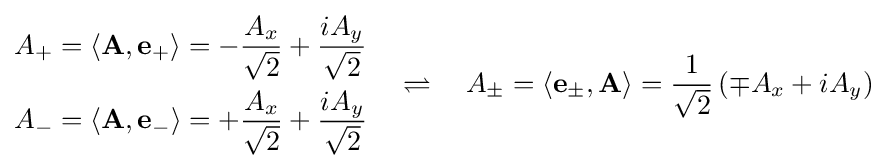
{\begin{aligned}A_{+}&=\left\langle \mathbf {A} ,\mathbf {e} _{+}\right\rangle =-{\frac {A_{x}}{\sqrt {2}}}+{\frac {iA_{y}}{\sqrt {2}}}\\A_{-}&=\left\langle \mathbf {A} ,\mathbf {e} _{-}\right\rangle =+{\frac {A_{x}}{\sqrt {2}}}+{\frac {iA_{y}}{\sqrt {2}}}\\\end{aligned}}\quad \rightleftharpoons \quad A_{\pm }=\left\langle \mathbf {e} _{\pm },\mathbf {A} \right\rangle ={\frac {1}{\sqrt {2}}}\left(\mp A_{x}+iA_{y}\right)